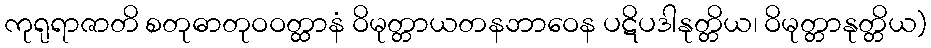
ကုရုရာဇာတိ စတုဓာတုဝဝတ္ထာနံ ဝိမုတ္တာယတနဘာဝေန ပဋိပဒါနုတ္တိယ၊ ဝိမုတ္တာနုတ္တိယ)